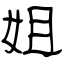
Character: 姐